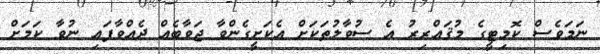
ނަމަވެސް ކޮމިޓީގެ މުޤައްރިރު އެ ސުވާލުތަކަށް އެކަށީގެންވާ ޖަވާބެއް ދެއްވާފައި ނުވާ ކަމަށް